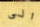
الى